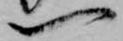
一